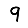
Digit: 9